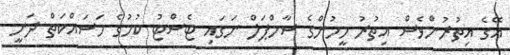
އޭގެ އިތުރުންވެސް އިތުރު މީހުންގެ ސާމްޕަލް ނަގައި ޓެސްޓު ކުމުގެ މަސައްކަތް ދަނީ